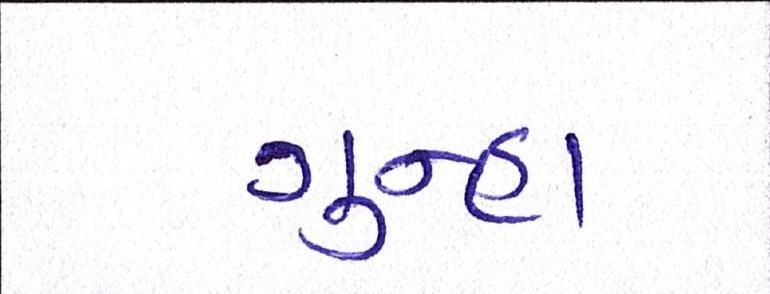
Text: ગુન્હા